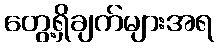
တွေ့ရှိချက်များအရ